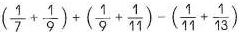
$$( \frac { 1 } { 7 } + \frac { 1 } { 9 } ) + ( \frac { 1 } { 9 } + \frac { 1 } { 1 1 } ) - ( \frac { 1 } { 1 1 } + \frac { 1 } { 1 3 } )$$